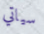
سياتي